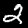
Label: 2